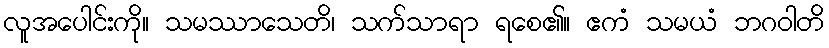
လူအပေါင်းကို။ သမဿာသေတိ၊ သက်သာရာ ရစေ၏။ ဧကံ သမယံ ဘဂဝါတိ